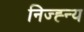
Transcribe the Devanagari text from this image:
निज्ह्न्य